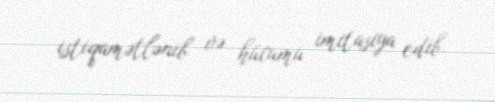
istiqamətlənib və hücumu imitasiya edib.